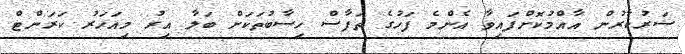
ސަރުކާރުން އާއްމުކޮށްފައިވާ އެންމެ ފަހުގެ ތަފާސް ހިސާބުތަކަށް ބަލާ އިރު މިއަހަރު ކަރަންޓް